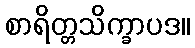
စာရိတ္တသိက္ခာပဒ။